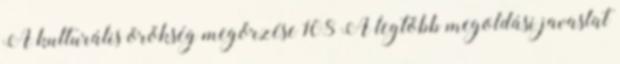
A kulturális örökség megőrzése 108 A legtöbb megoldási javaslat